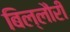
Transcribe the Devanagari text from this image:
बिल्लौरी